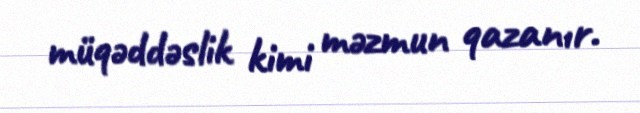
müqəddəslik kimi məzmun qazanır.